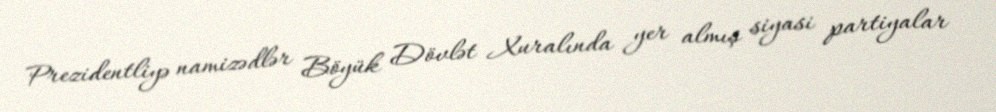
Prezidentliyə namizədlər Böyük Dövlət Xuralında yer almış siyasi partiyalar